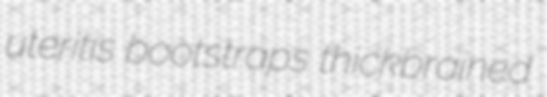
uteritis bootstraps thickbrained